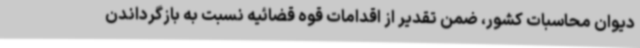
دیوان محاسبات کشور، ضمن تقدیر از اقدامات قوه قضائیه نسبت به بازگرداندن